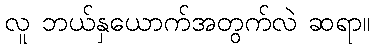
လူ ဘယ်နှယောက်အတွက်လဲ ဆရာ။